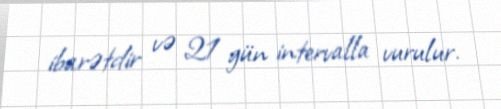
ibarətdir və 21 gün intervalla vurulur.